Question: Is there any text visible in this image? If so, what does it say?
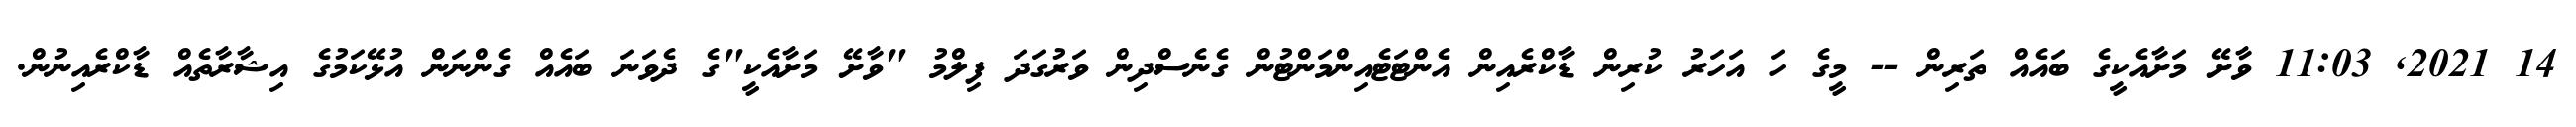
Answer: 14 2021, 11:03 ވާށޭ މަށާއެކީގެ ބައެއް ތަރިން -- މީގެ ހަ އަހަރު ކުރިން ޑާކްރެއިން އެންޓަޓެއިންމަންޓުން ގެނެސްދިން ވަރުގަދަ ފިލްމު "ވާށޭ މަށާއެކީ"ގެ ދެވަނަ ބައެއް ގެންނަން އުޅޭކަމުގެ އިޝާރާތެއް ޑާކްރެއިނުން.